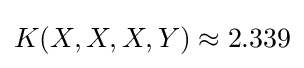
K(X,X,X,Y)\approx 2.339